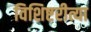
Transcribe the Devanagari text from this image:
विशिष्टरीत्या